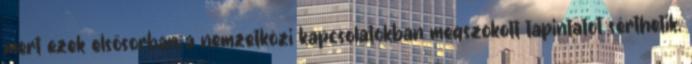
mert ezek elsősorban a nemzetközi kapcsolatokban megszokott tapintatot sérthetik,